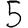
Digit: 5